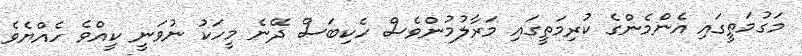
މަގުމަތީގައި އެންމެންގެ ކުރިމަތީގައި މަރާލުމުންވެސް ހެކިބަސް ދޭނެ މީހަކު ނުވަނީ ކީއްވެ ހެއްޔެވެ